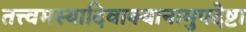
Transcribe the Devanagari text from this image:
तत्त्वमस्यादिवाक्यानामुपदेष्टा